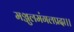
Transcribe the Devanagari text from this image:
मञ्जुलमंगलप्रदा।।